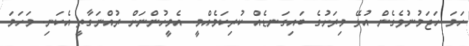
ހަމަ ހަޖަމުނުވެގެން އުޅޭ މިރަށުގެ ބައިގަނޑެއް ކުރިކަމެއްމީ. އެމީހުންނަށް ރުއްނަގާތީ އެކަނި. މަހަމަ